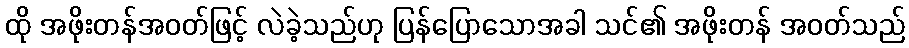
ထို အဖိုးတန်အဝတ်ဖြင့် လဲခဲ့သည်ဟု ပြန်ပြောသောအခါ သင်၏ အဖိုးတန် အဝတ်သည်